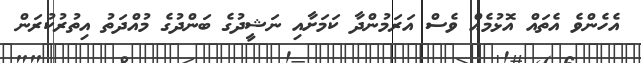
އެހެންވެ އެތައް އޮޅުމެއް ވެސް އަރަމުންދާ ކަމަށާއި ނަޝީދުގެ ބަންދުގެ މުއްދަތު އިތުރުކުރަން